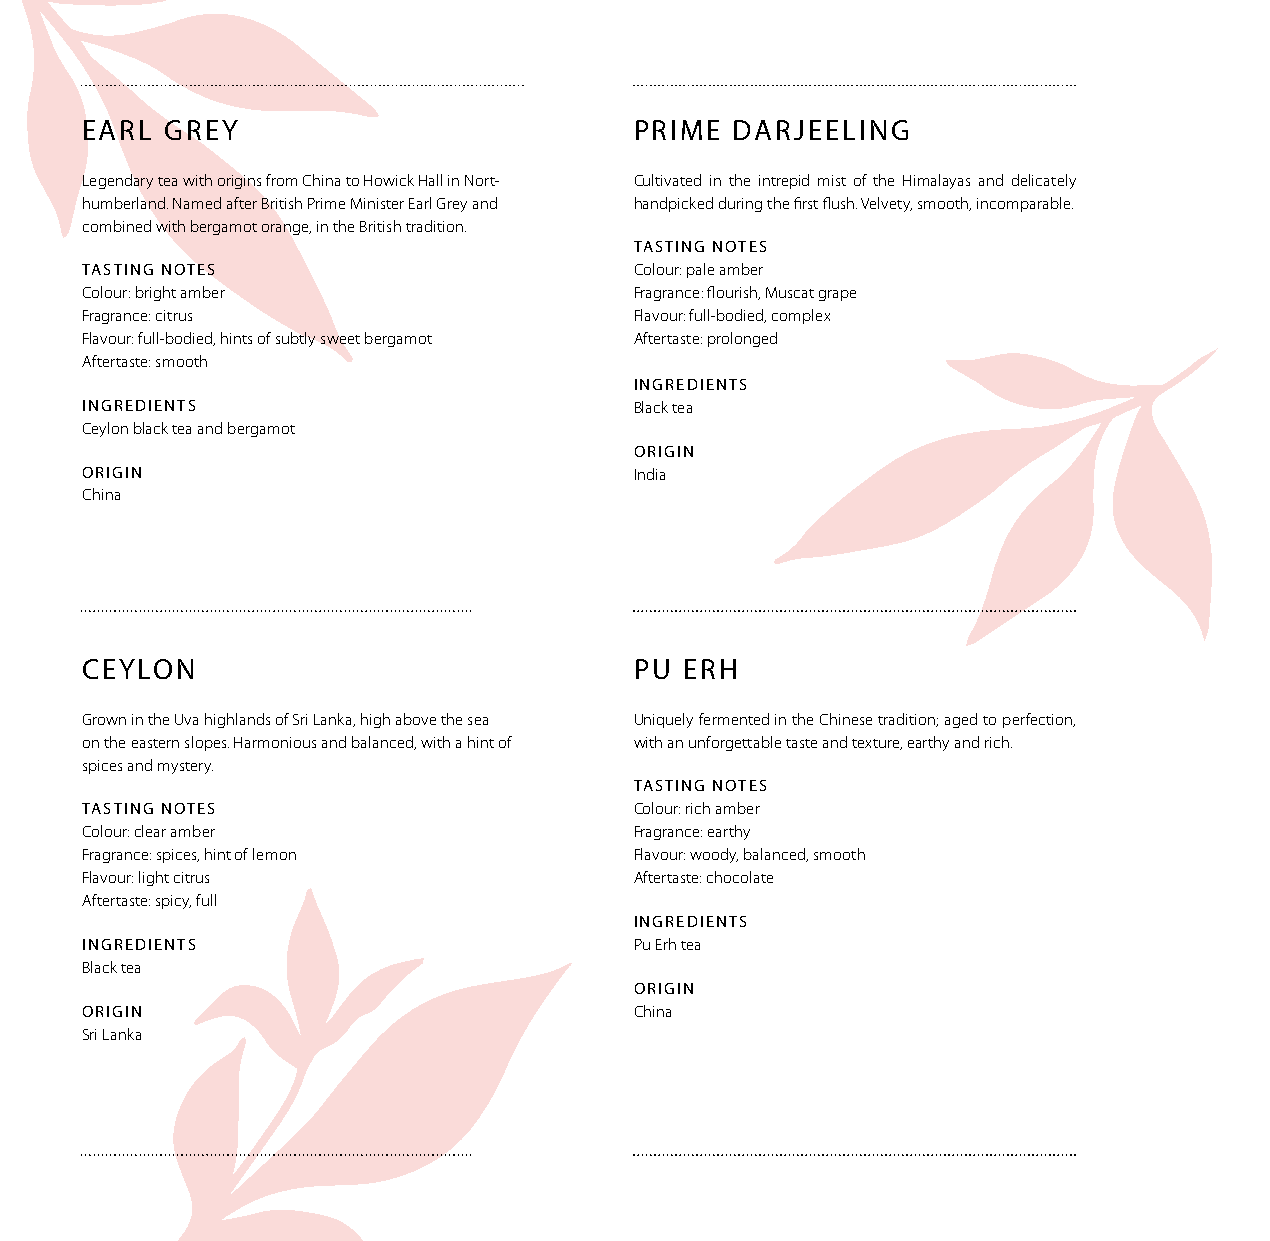
EARL  GREY                           PRIME  DARJEELING
 Legendary tea with origins from China to Howick Hall in Nort- Cultivated in the intrepid mist of the Himalayas and delicately
 humberland. Named after British Prime Minister Earl Grey and handpicked during the first flush. Velvety, smooth, incomparable.
 combined with bergamot orange, in the British tradition.
 TASTING NOTES
 TASTING NOTES                        Colour: pale amber
 Colour: bright amber                 Fragrance: flourish, Muscat grape
 Fragrance: citrus                    Flavour: full-bodied, complex
 Flavour: full-bodied, hints of subtly sweet bergamot Aftertaste: prolonged
 Aftertaste: smooth
 INGREDIENTS
 INGREDIENTS                          Black tea
 Ceylon black tea and bergamot
 ORIGIN
 ORIGIN                               India
 China
 CEYLON                               PU ERH
 Grown in the Uva highlands of Sri Lanka, high above the sea Uniquely fermented in the Chinese tradition; aged to perfection,
 on the eastern slopes. Harmonious and balanced, with a hint of with an unforgettable taste and texture, earthy and rich.
 spices and mystery.
 TASTING NOTES
 TASTING NOTES                        Colour: rich amber
 Colour: clear amber                  Fragrance: earthy
 Fragrance: spices, hint of lemon     Flavour: woody, balanced, smooth
 Flavour: light citrus                Aftertaste: chocolate
 Aftertaste: spicy, full
 INGREDIENTS
 INGREDIENTS                          Pu Erh tea
 Black tea
 ORIGIN
 ORIGIN                               China
 Sri Lanka